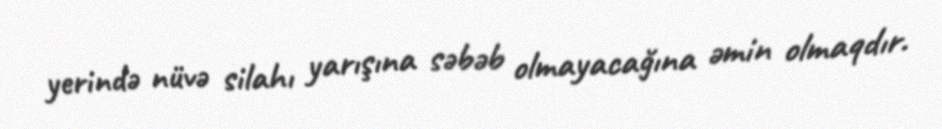
yerində nüvə silahı yarışına səbəb olmayacağına əmin olmaqdır.